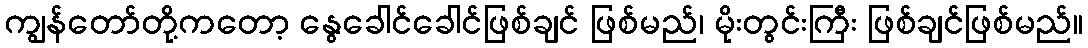
ကျွန်တော်တို့ကတော့ နွေခေါင်ခေါင်ဖြစ်ချင် ဖြစ်မည်၊ မိုးတွင်းကြီး ဖြစ်ချင်ဖြစ်မည်။